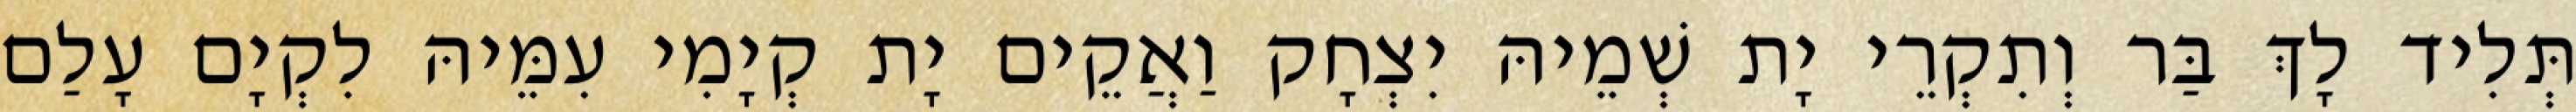
תְּלִיד לָךְ בַּר וְתִקְרֵי יָת שְׁמֵיהּ יִצְחָק וַאֲקֵים יָת קְיָמִי עִמֵּיהּ לִקְיָם עָלַם